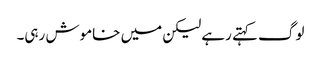
لوگ کہتے رہے لیکن میں خاموش رہی۔